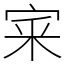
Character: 宷